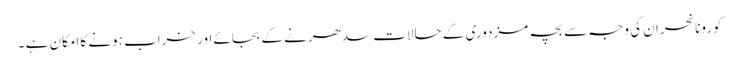
کورونا نحران کی وجہ سے بچہ مزدوری کے حالات سدھرنے کے بجائے اور خراب ہونے کا امکان ہے ۔